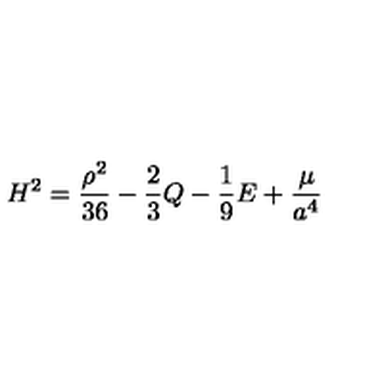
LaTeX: H ^ { 2 } = \frac { \rho ^ { 2 } } { 3 6 } - \frac { 2 } { 3 } Q - \frac { 1 } { 9 } E + \frac { \cal \mu } { a ^ { 4 } }